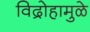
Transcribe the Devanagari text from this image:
विद्रोहामुळे